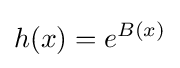
h(x)=e^{B(x)}